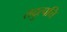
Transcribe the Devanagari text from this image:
तदुत्पत्ति